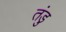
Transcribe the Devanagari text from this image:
तंडु